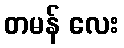
တမန် လေး